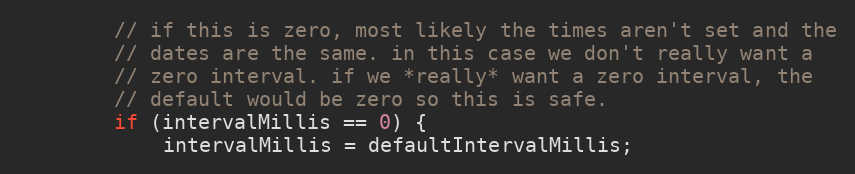
Language: Java
        // if this is zero, most likely the times aren't set and the
        // dates are the same. in this case we don't really want a
        // zero interval. if we *really* want a zero interval, the
        // default would be zero so this is safe.
        if (intervalMillis == 0) {
            intervalMillis = defaultIntervalMillis;